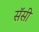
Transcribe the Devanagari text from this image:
सॅसी